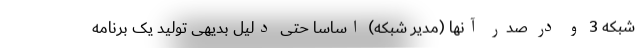
شبکه 3 و در صدر آنها (مدیر شبکه) اساسا حتی دلیل بدیهی تولید یک برنامه